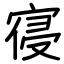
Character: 寑